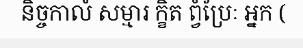
និច្ចកាលំ សម្មារ ក្ខិត ព្វំប្រែៈ អ្នក (